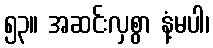
၅၃။ အဆင်းလှစွာ နံ့မပါ၊